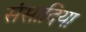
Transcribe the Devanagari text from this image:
संसादिया